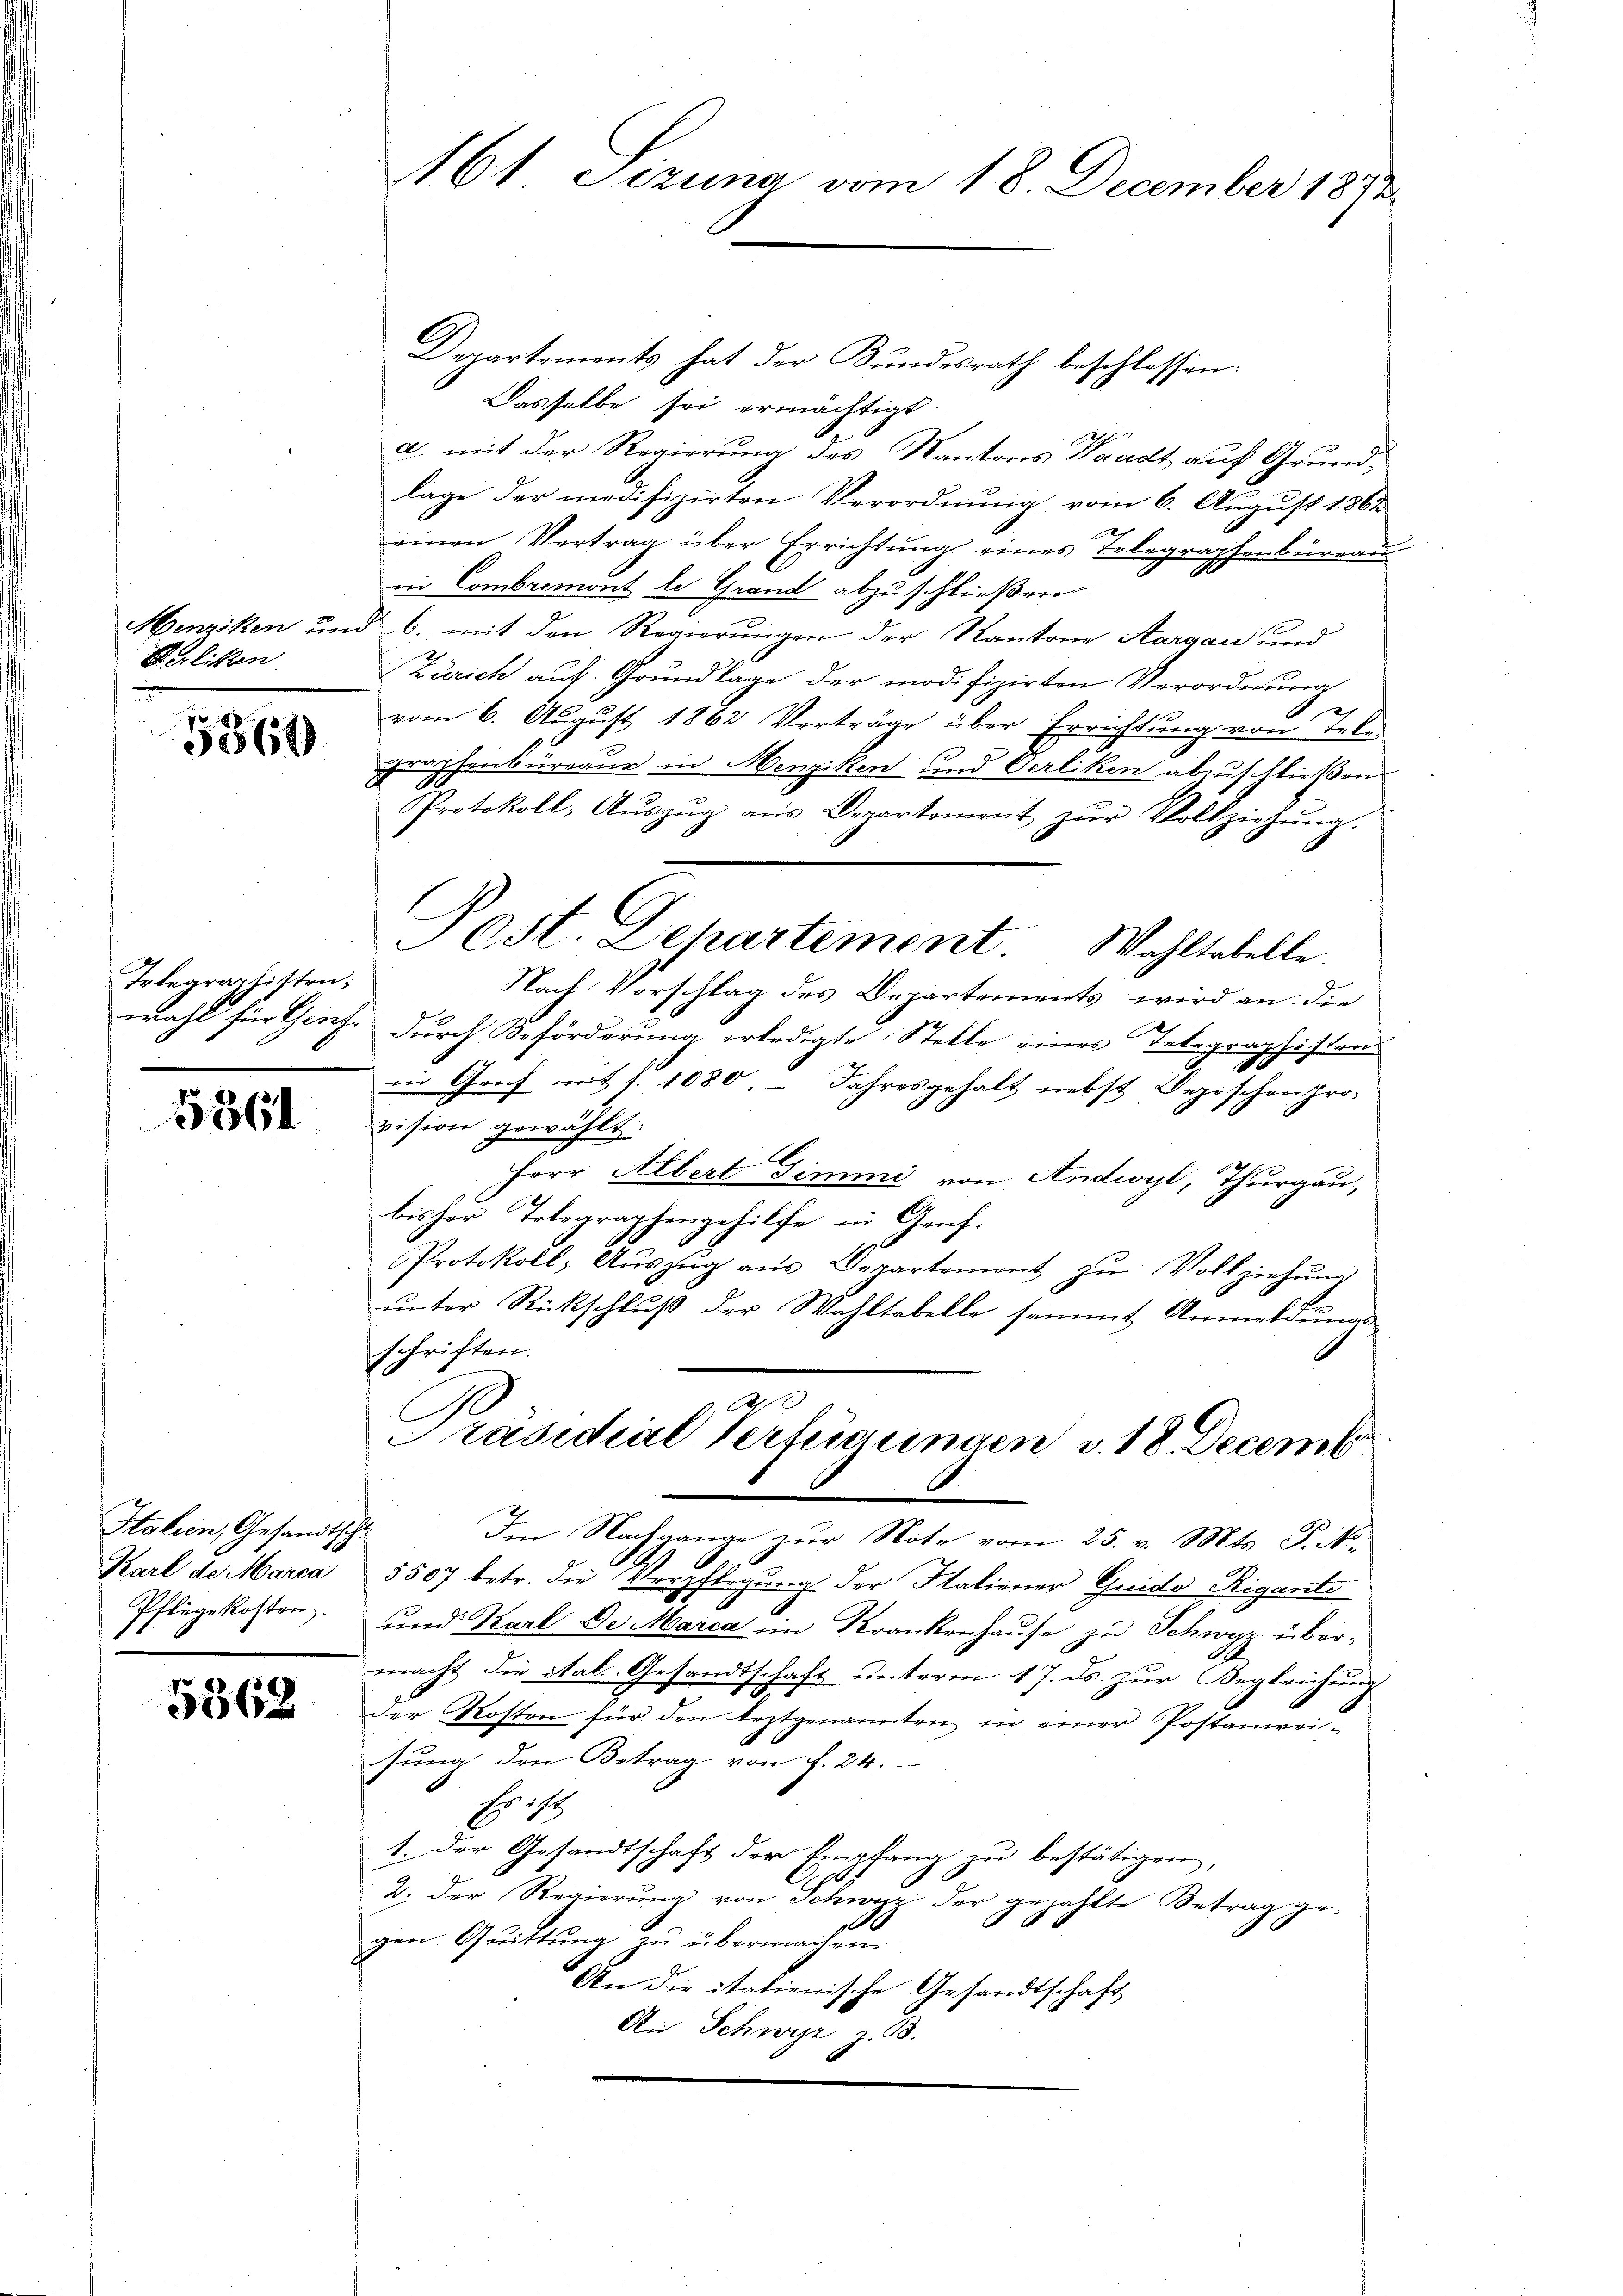
Berliken

Telegraphistra¬

5361

Salein, Gesandtschl
Pflegekosten.

5362

161 Sizung vom 18. December 1872

Departements hat der Bundesrath beschlossen.
Dasselbe sei ermächtigt
a. mit der Regierung des Kantons Waadt auf Grundlage der modifizirten Verordnung vom 6. August 1862
x
einen Vertrag über Errichtung eines Telegraphenbüreau
in Combremont le Grand abzuschließen
Menziken und 6. mit den Regierŭngen der Kantone Aargau und
Zürich aŭf Grŭndlage der modifizirten Verordnŭng
vom 6. August 1862 Verträge über Errichtung von Tele
 graphenbüreaur in Menziken und Verliken abzuschließen
Protokoll, Aŭszŭg aŭs Departement zŭr Vollziehŭng.
Nach Vorschlag des Departements, wird an die
wahl für Genf. Durch Beförderung erledigte Stelle eines Telegraphisten
in Genf mit s. 1080. - Jahresgehalt nebst Deposchen pro-
vision gewählt
Herr Albert Simmi von Andwyl, Thurgau,
bisher Totegraphengehilfe in Genf.
Protokoll, Auszug aus Departement zu Vollziehung
unter Rückschluß der Wahltabelle sammt Anmeldungs
schriften.
C
Präsidial Verfügungen v. 18. Decemb
Im Nachgange zur Note vom 25. v. Mts. P. Nr.
Karl de Marca 5507 betr. die Verpflegung der Saliener Guido Riganto
und Karl De Marca ein Krankenhause zu Schwyz übermacht die ital. Gesandtschaft unterm 17. ds. zur Begleichung
der Kosten für den leztgenannten in einer Postanzeisung den Betrag von f. 24.
H
1. Der Gesandtschaft der Empfang zu bestätigen,
2. Der Regierung von Schwyz der gezählte Betrag ge-
gen Quittung zu übermachen.
An die itationische Gesandtschaft
An Schwyz z. B.

Fost. Departement. Wahltabelle.